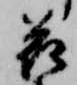
花